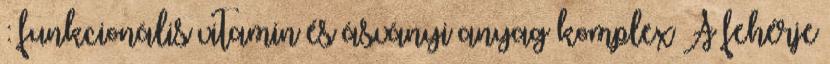
: funkcionális vitamin és ásványi anyag komplex A fehérje